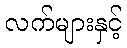
လက်များနှင့်